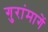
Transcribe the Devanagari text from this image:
गुरांमागें